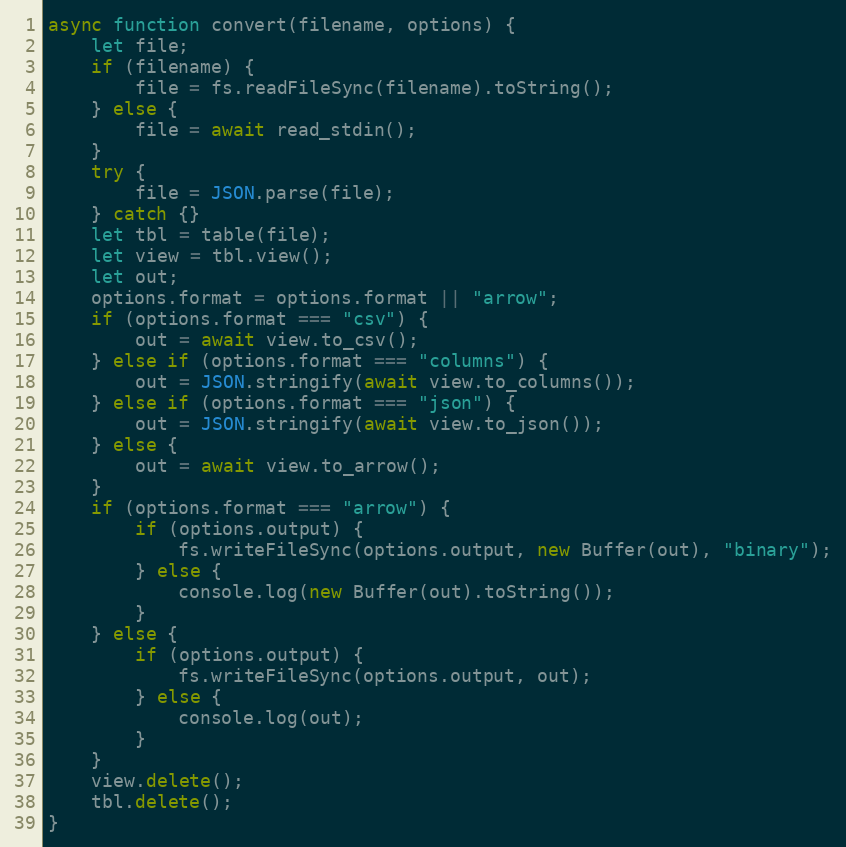
Language: JavaScript
async function convert(filename, options) {
    let file;
    if (filename) {
        file = fs.readFileSync(filename).toString();
    } else {
        file = await read_stdin();
    }
    try {
        file = JSON.parse(file);
    } catch {}
    let tbl = table(file);
    let view = tbl.view();
    let out;
    options.format = options.format || "arrow";
    if (options.format === "csv") {
        out = await view.to_csv();
    } else if (options.format === "columns") {
        out = JSON.stringify(await view.to_columns());
    } else if (options.format === "json") {
        out = JSON.stringify(await view.to_json());
    } else {
        out = await view.to_arrow();
    }
    if (options.format === "arrow") {
        if (options.output) {
            fs.writeFileSync(options.output, new Buffer(out), "binary");
        } else {
            console.log(new Buffer(out).toString());
        }
    } else {
        if (options.output) {
            fs.writeFileSync(options.output, out);
        } else {
            console.log(out);
        }
    }
    view.delete();
    tbl.delete();
}